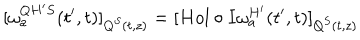
LaTeX: [ \omega _ { a } ^ { Q H ^ { \prime } S } ( t ^ { \prime } , t ) ] _ { Q ^ { S } ( t , z ) } = [ H o l \circ I \omega _ { a } ^ { H ^ { \prime } } ( t ^ { \prime } , t ) ] _ { Q ^ { S } ( t , z ) }